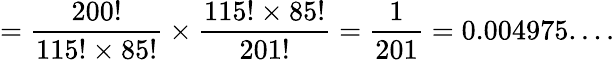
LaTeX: ={\frac{200!}{{115!}\times{85!}}}\times{\frac{{115!}\times{85!}}{201!}}={\frac{1}{201}}=0.004975....